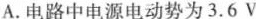
A.电路中电源电动势为3.6V